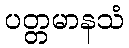
ပတ္တမာနသံ